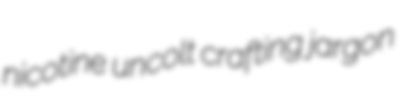
nicotine uncolt crafting jargon